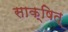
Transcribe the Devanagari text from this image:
साक्षित्‌